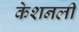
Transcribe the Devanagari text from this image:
केशनली